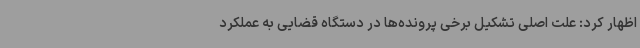
اظهار کرد: علت اصلی تشکیل برخی پرونده‌ها در دستگاه قضایی به عملکرد